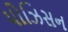
પોઝિસન